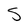
Character: S